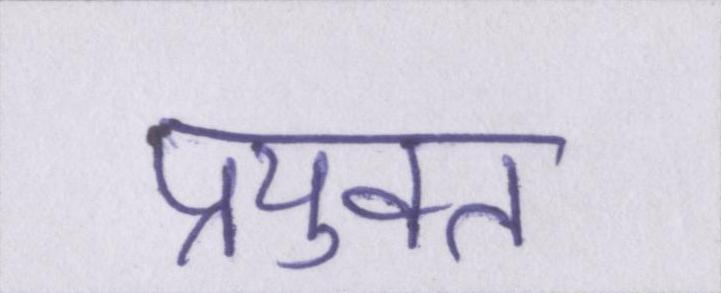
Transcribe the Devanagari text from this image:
प्रयुक्त